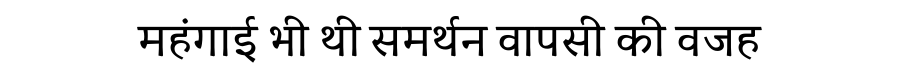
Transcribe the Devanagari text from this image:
महंगाई भी थी समर्थन वापसी की वजह